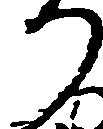
り